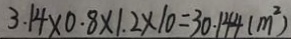
3 . 1 4 \times 0 . 8 \times 1 . 2 \times 1 0 = 3 0 . 1 4 4 ( m ^ { 2 } )